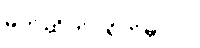
မုတ်ဆိတ်ပဲရိတ်မှာပါ။